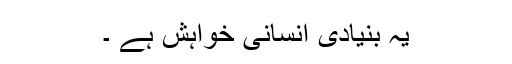
یہ بنیادی انسانی خواہش ہے ۔